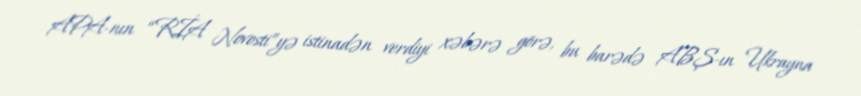
APA-nın “RİA Novosti”yə istinadən verdiyi xəbərə görə, bu barədə ABŞ-ın Ukrayna